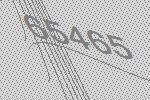
65465